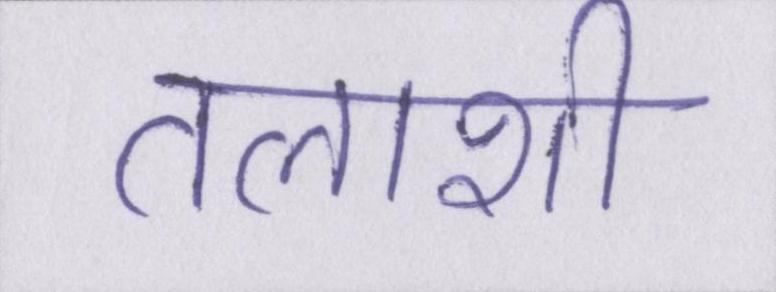
तलाशी